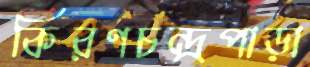
কিরণচন্দ্রপাড়া